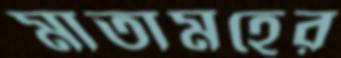
মাতামহের